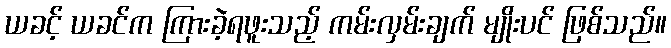
ယခင့် ယခင်က ကြားခဲ့ရဖူးသည့် ကမ်းလှမ်းချက် မျိုးပင် ဖြစ်သည်။